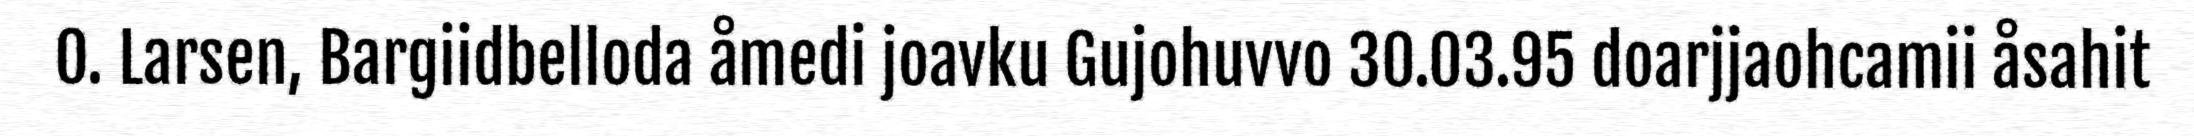
O. Larsen, Bargiidbelloda åmedi joavku Gujohuvvo 30.03.95 doarjjaohcamii åsahit